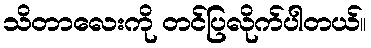
သိတာလေးကို တင်ပြလိုက်ပါတယ်။